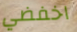
اخفضي